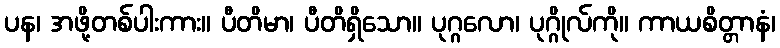
ပန၊ အဖို့တစ်ပါးကား။ ပီတိမာ၊ ပီတိရှိသော။ ပုဂ္ဂလော၊ ပုဂ္ဂိုလ်ကို။ ကာယစိတ္တာနံ၊